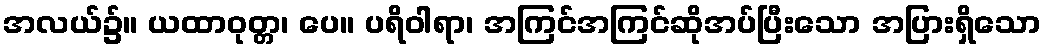
အလယ်၌။ ယထာဝုတ္တ၊ ပေ။ ပရိဝါရာ၊ အကြင်အကြင်ဆိုအပ်ပြီးသော အပြားရှိသော